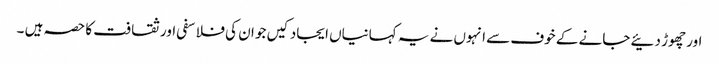
اور چھوڑ دئیے جانے کے خوف سے انہوں نے یہ کہانیاں ایجاد کیں جو ان کی فلاسفی اور ثقافت کا حصہ ہیں ۔